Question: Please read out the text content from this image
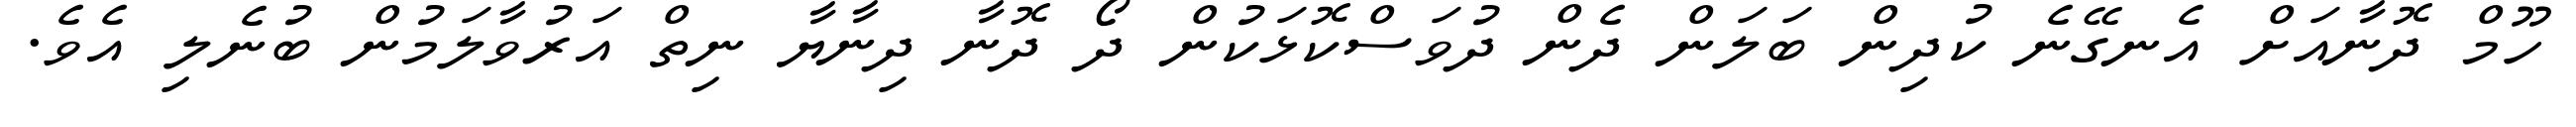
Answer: ހޫމް ދޮނާއަށް އެނގޭނެ ކުދިން ބަލަން ދެން ދުވަސްކޮޅަކުން ދޯ ދޮނާ ދިނާޔާ ނިތް އަރުވާލަމުން ބުނެލި އެވެ.